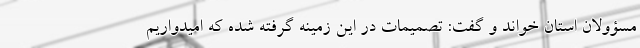
مسؤولان استان خواند و گفت: تصمیمات در این زمینه گرفته شده که امیدواریم